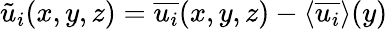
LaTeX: \tilde{u}_{i}(x,y,z)=\overline{{u_{i}}}(x,y,z)-\textlangle\overline{{u_{i}}}\textrangle(y)